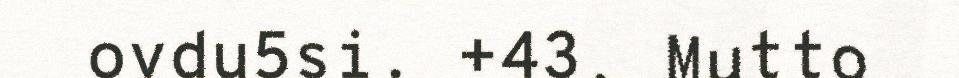
ovdu5si. +43. Mutto